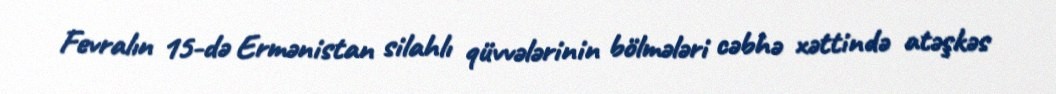
Fevralın 15-də Ermənistan silahlı qüvvələrinin bölmələri cəbhə xəttində atəşkəs